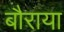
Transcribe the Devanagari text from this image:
बौराया